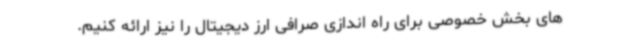
های بخش خصوصی برای راه اندازی صرافی ارز دیجیتال را نیز ارائه کنیم.